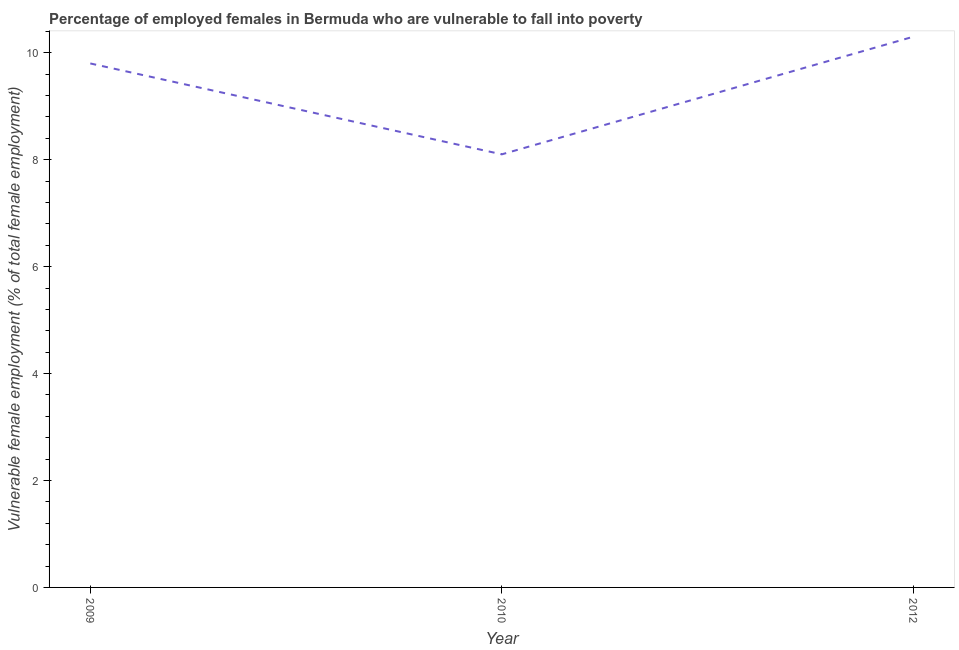
| Year | Percentage of employed females who are vulnerable to fall into poverty |
 | --- | --- |
 | 2009 | 9.8 |
 | 2010 | 8.1 |
 | 2012 | 10.3 |